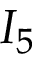
I _ { 5 }